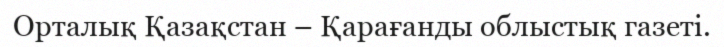
Орталық Қазақстан – Қарағанды облыстық газеті.